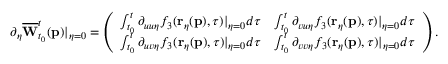
\partial _ { \eta } \overline { { \mathbf { W } } } _ { t _ { 0 } } ^ { t } ( \mathbf { p } ) \vert _ { \eta = 0 } = \left( \begin{array} { l l } { \int _ { t _ { 0 } } ^ { t } \partial _ { u u \eta } f _ { 3 } ( \mathbf { r } _ { \eta } ( \mathbf { p } ) , \tau ) \vert _ { \eta = 0 } d \tau } & { \int _ { t _ { 0 } } ^ { t } \partial _ { v u \eta } f _ { 3 } ( \mathbf { r } _ { \eta } ( \mathbf { p } ) , \tau ) \vert _ { \eta = 0 } d \tau } \\ { \int _ { t _ { 0 } } ^ { t } \partial _ { u v \eta } f _ { 3 } ( \mathbf { r } _ { \eta } ( \mathbf { p } ) , \tau ) \vert _ { \eta = 0 } d \tau } & { \int _ { t _ { 0 } } ^ { t } \partial _ { v v \eta } f _ { 3 } ( \mathbf { r } _ { \eta } ( \mathbf { p } ) , \tau ) \vert _ { \eta = 0 } d \tau } \end{array} \right) .